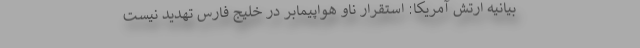
بیانیه ارتش آمریکا: استقرار ناو هواپیمابر در خلیج فارس تهدید نیست